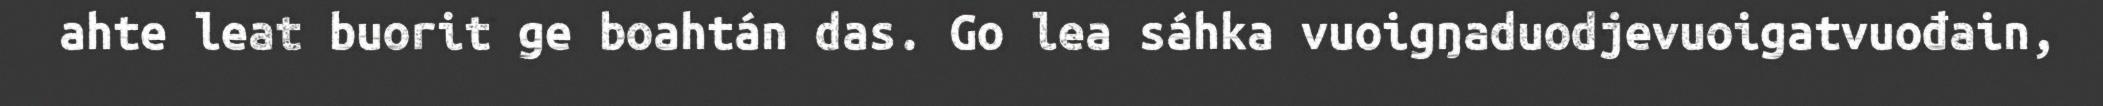
ahte leat buorit ge boahtán das. Go lea sáhka vuoigŋaduodjevuoigatvuođain,